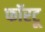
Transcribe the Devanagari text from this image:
फॉरटू